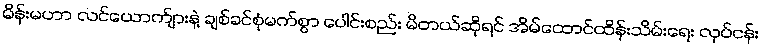
မိန်းမဟာ လင်ယောက်ျားနဲ့ ချစ်ခင်စုံမက်စွာ ပေါင်းစည်း မိတယ်ဆိုရင် အိမ်ထောင်ထိန်းသိမ်းရေး လုပ်ငန်း